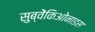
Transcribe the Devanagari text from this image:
सुब्वेंकिओनाडस